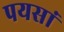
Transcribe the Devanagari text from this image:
पयसां